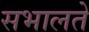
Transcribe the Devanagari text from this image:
सभालते